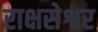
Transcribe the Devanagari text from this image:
राक्षसेश्वर